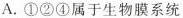
A. ①②④属手生物膜系统